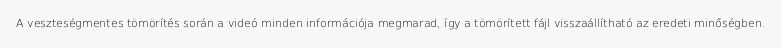
A veszteségmentes tömörítés során a videó minden információja megmarad, így a tömörített fájl visszaállítható az eredeti minőségben.